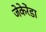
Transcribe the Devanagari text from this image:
जेकेरेंडा